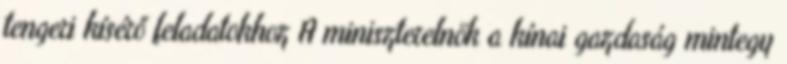
tengeri kísérő feladatokhoz A miniszterelnök a kínai gazdaság mintegy